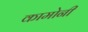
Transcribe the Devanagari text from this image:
कामोनी